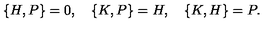
\{ H , P \} = 0 , \quad \{ K , P \} = H , \quad \{ K , H \} = P .